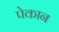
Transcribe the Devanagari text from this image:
पेकान